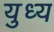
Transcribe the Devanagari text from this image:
युध्य